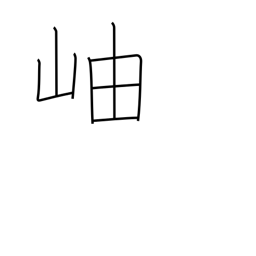
Meaning: gorge